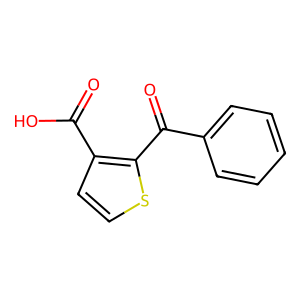
SMILES: O=C(O)c1ccsc1C(=O)c1ccccc1
Inhibits HIV replication: No